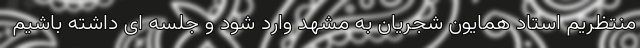
منتظریم استاد همایون شجریان به مشهد وارد شود و جلسه ای داشته باشیم